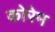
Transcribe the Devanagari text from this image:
कोरेम